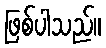
ဖြစ်ပါသည်။